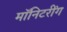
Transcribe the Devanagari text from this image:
मॉनिटरींग